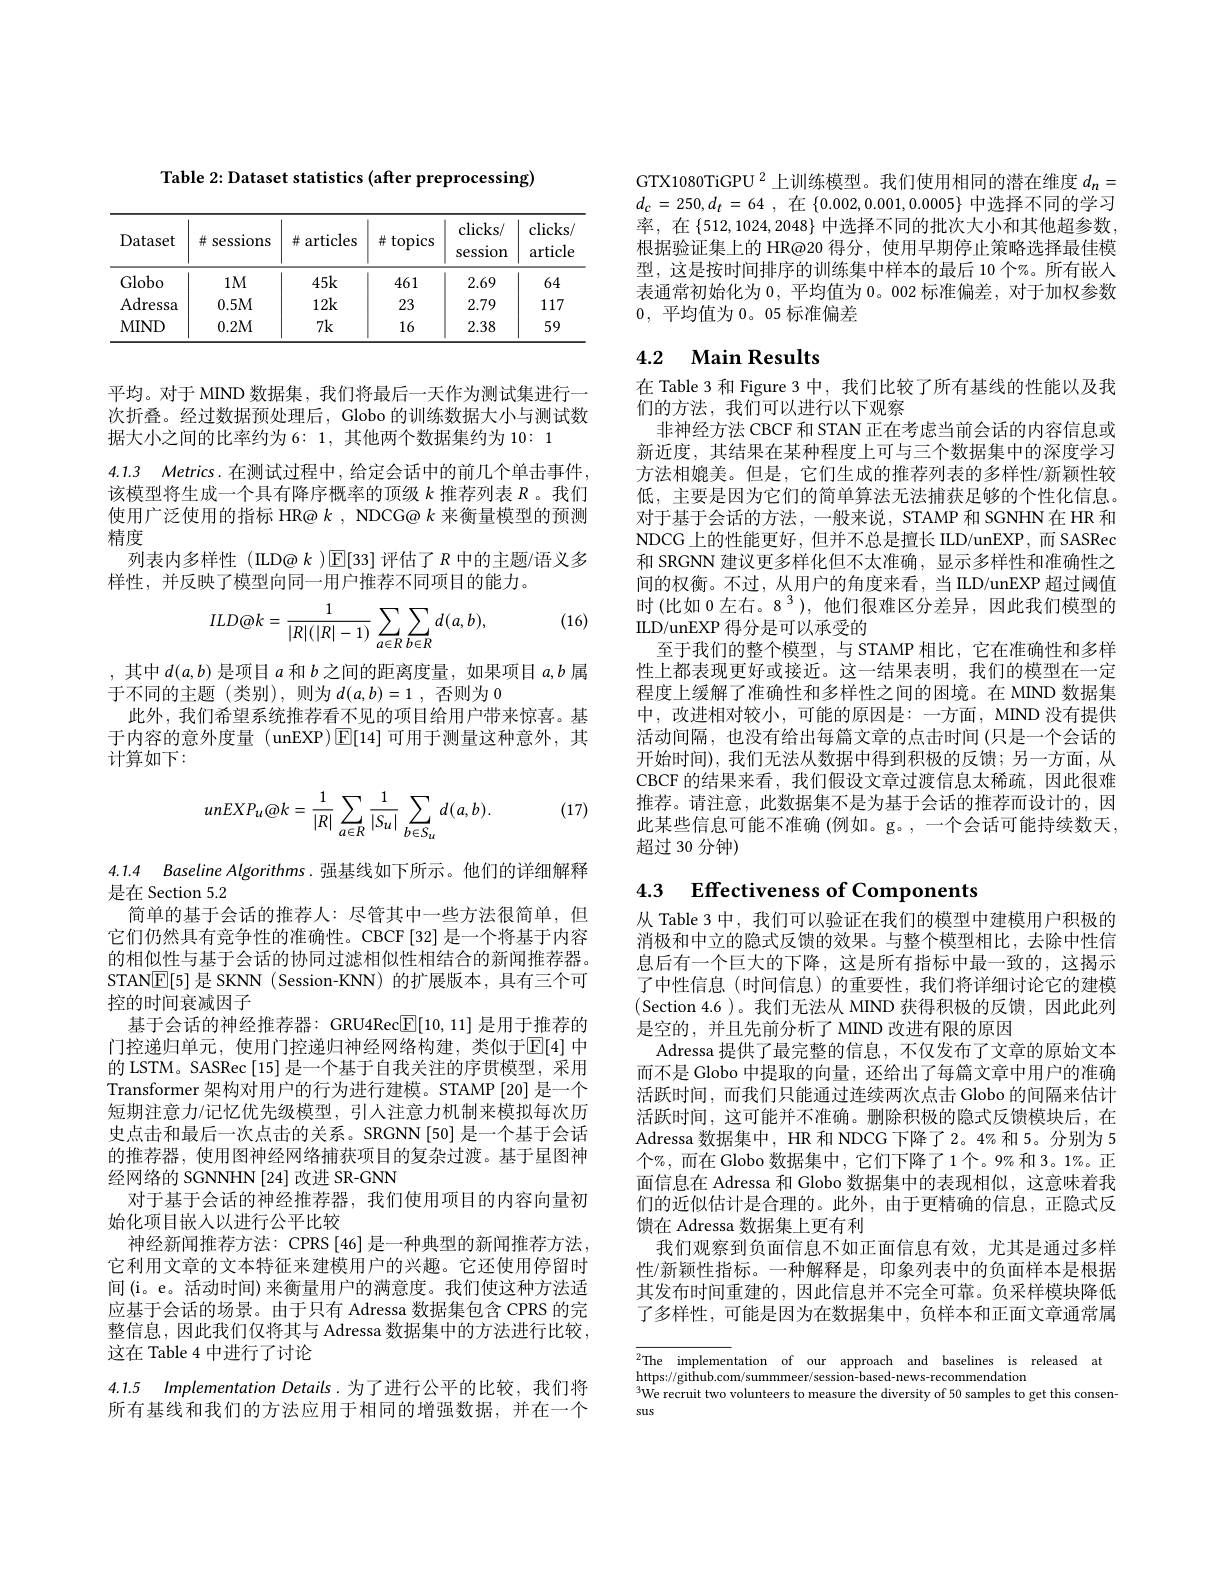
Table 2: Dataset statistics (after preprocessing)

<table>
	<tbody>
		<tr>
			<th>Dataset</th>
			<th>升 sessions</th>
			<th>井 articles</th>
			<th># topics</th>
			<th>$clicks/$ session</th>
			<th>$clicks/$ article</th>
		</tr>
		<tr>
			<td>Globo</td>
			<td>$1M$</td>
			<td>$45k$</td>
			<td>461</td>
			<td>2.69</td>
			<td>64</td>
		</tr>
		<tr>
			<td>Adressa</td>
			<td>0.5M</td>
			<td>12k</td>
			<td>23</td>
			<td>2.79</td>
			<td>117</td>
		</tr>
		<tr>
			<td>$MIND$</td>
			<td>0.2M</td>
			<td>$7k$</td>
			<td>16</td>
			<td>2.38</td>
			<td>59</td>
		</tr>
	</tbody>
</table>

平均。对于 MIND 数据集，我们将最后一天作为测试集进行一次折叠。经过数据预处理后，Globo 的训练数据大小与测试数据大小之间的比率约为 6: 1, 其他两个数据集约为 10: 1
4.1.3 Metrics.在测试过程中，给定会话中的前几个单击事件， 该模型将生成一个具有降序概率的顶级$k$推荐列表$R$ 。我们使用广泛使用的指标 HR@ $k$, NDCG@ $k$来衡量模型的预测精度
列表内多样性 (ILD@ $k$ )$\mathbb{E}[33]$评估了$R$中的主题/语义多
样性，并反映了模型向同一用户推荐不同项目的能力。

(16)
$$ILD@k=\frac{1}{|R|(|R|-1)}\sum_{a\in R}\sum_{b\in R}d(a,b),$$
,其中$d(a,b)$是项目$a$和$b$之间的距离度量，如果项目$a,b$属
于不同的主题(类别),则为$d(a,b)=1$,否则为 0
此外，我们希望系统推荐看不见的项目给用户带来惊喜。基于内容的意外度量 (unEXP)$\boxed{\mathrm{F}}[14]$可用于测量这种意外，其计算如下：

(17)
$$unEXP_{u}@k=\frac{1}{|R|}\sum_{a\in R}\frac{1}{|S_{u}|}\sum_{b\in S_{u}}d(a,b).$$
4.1.4 Baseline Algorithms.强基线如下所示。他们的详细解释
是在 Section 5.2
简单的基于会话的推荐人：尽管其中一些方法很简单，但它们仍然具有竞争性的准确性。CBCF[32]是一个将基于内容的相似性与基于会话的协同过滤相似性相结合的新闻推荐器。STAN$\overline{\mathbb{E}}[5]$是 SKNN (Session-KNN) 的扩展版本，具有三个可控的时间衰减因子
基于会话的神经推荐器：GRU4Rec$\boxed{\mathrm{F}}[10,11]$是用于推荐的门控递归单元，使用门控递归神经网络构建，类似于$\overline{\mathbb{E}}[4]$ 中的 LSTM。SASRec [15]是一个基于自我关注的序贯模型，采用Transformer 架构对用户的行为进行建模。STAMP[20] 是一个短期注意力/记忆优先级模型，引人注意力机制来模拟每次历史点击和最后一次点击的关系。SRGNN[50]是一个基于会话的推荐器，使用图神经网络捕获项目的复杂过渡。基于星图神经网络的 SGNNHN [24] 改进 SR-GNN
对于基于会话的神经推荐器，我们使用项目的内容向量初
始化项目嵌入以进行公平比较
神经新闻推荐方法：CPRS [46] 是一种典型的新闻推荐方法它利用文章的文本特征来建模用户的兴趣。它还使用停留时间(i。e。活动时间) 来衡量用户的满意度。我们使这种方法适应基于会话的场景。由于只有 Adressa 数据集包含 CPRS 的完整信息，因此我们仅将其与 Adressa 数据集中的方法进行比较， 这在 Table 4 中进行了讨论
4.1.5 Implementation Details.为了进行公平的比较，我们将

所有基线和我们的方法应用于相同的增强数据，并在一个

GTX1080TiGPU $^{2}$上训练模型。我们使用相同的潜在维度$d_n=$ $d_{c}= 250, d_{t}= 64$ ,在$\{0.002,0.001,0.0005\}$中选择不同的学习率，在$\{512,1024,2048\}$中选择不同的批次大小和其他超参数， 根据验证集上的 HR@20 得分，使用早期停止策略选择最佳模型，这是按时间排序的训练集中样本的最后 10 个%。所有嵌入表通常初始化为0，平均值为0。002 标准偏差，对于加权参数0,平均值为0。05 标准偏差

## 4.2 Main Results

在 Table 3 和 Figure 3 中，我们比较了所有基线的性能以及我
们的方法，我们可以进行以下观察
非神经方法 CBCF 和 STAN 正在考虑当前会话的内容信息或新近度，其结果在某种程度上可与三个数据集中的深度学习方法相媲美。但是，它们生成的推荐列表的多样性/新颖性较低，主要是因为它们的简单算法无法捕获足够的个性化信息。对于基于会话的方法，一般来说，STAMP 和 SGNHN 在 HR 和NDCG 上的性能更好，但并不总是擅长 ILD/unEXP, 而 SASRec 和 SRGNN 建议更多样化但不太准确，显示多样性和准确性之间的权衡。不过，从用户的角度来看，当 ILD/unEXP 超过阈值时(比如 0 左右。8 3 ),他们很难区分差异，因此我们模型的ILD/unEXP 得分是可以承受的
至于我们的整个模型，与 STAMP 相比，它在准确性和多样性上都表现更好或接近。这一结果表明，我们的模型在一定程度上缓解了准确性和多样性之间的困境。在 MIND 数据集中，改进相对较小，可能的原因是：一方面，MIND 没有提供活动间隔，也没有给出每篇文章的点击时间(只是一个会话的开始时间), 我们无法从数据中得到积极的反馈；另一方面，从CBCF 的结果来看，我们假设文章过渡信息太稀疏，因此很难推荐。请注意，此数据集不是为基于会话的推荐而设计的，因此某些信息可能不准确 (例如。g。,一个会话可能持续数天， 超过 30 分钟)

4.3 $\textbf{Effectiveness of Components}$

从 Table 3 中，我们可以验证在我们的模型中建模用户积极的消极和中立的隐式反馈的效果。与整个模型相比，去除中性信息后有一个巨大的下降，这是所有指标中最一致的，这揭示了中性信息(时间信息)的重要性，我们将详细讨论它的建模(Section 4.6)。我们无法从 MIND 获得积极的反馈，因此此列是空的，并且先前分析了 MIND 改进有限的原因
Adressa 提供了最完整的信息，不仅发布了文章的原始文本而不是 Globo 中提取的向量，还给出了每篇文章中用户的准确活跃时间，而我们只能通过连续两次点击 Globo 的间隔来估计活跃时间，这可能并不准确。删除积极的隐式反馈模块后，在Adressa 数据集中，HR 和 NDCG 下降了 2。4%和 5。分别为 5个%,而在 Globo 数据集中，它们下降了1个。9%和3。1%。正面信息在 Adressa 和 Globo 数据集中的表现相似，这意味着我们的近似估计是合理的。此外，由于更精确的信息，正隐式反馈在 Adressa 数据集上更有利
我们观察到负面信息不如正面信息有效，尤其是通过多样性/新颖性指标。一种解释是，印象列表中的负面样本是根据其发布时间重建的，因此信息并不完全可靠。负采样模块降低了多样性，可能是因为在数据集中，负样本和正面文章通常属

$\overline{^2\text{The implemen}}$tation of our approach and baselines is released at
https://github.com/summmeer/session-based-news-recommendation
$^{3}$We recruit two volunteers to measure the diversity of 50 samples to get this consen-
sus